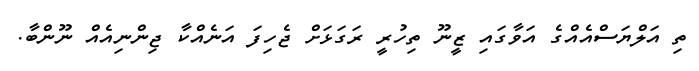
ތި އަލްޔަސްއެއްގެ އަވާގައި ޒީނޫ ތިހުރީ ރަގަޅަށް ޖެހިފަ އަނެއްކާ ޖިންނިއެއް ނޫންބާ.